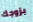
بزوجك